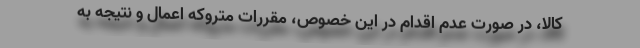
کالا، در صورت عدم اقدام در این خصوص، مقررات متروکه اعمال و نتیجه به